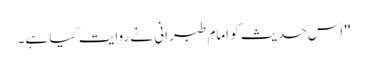
'' اس حدیث کو امام طبرانی نے روایت کیا ہے۔